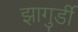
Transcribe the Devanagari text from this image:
झागुर्डी